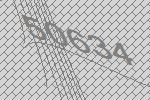
50634